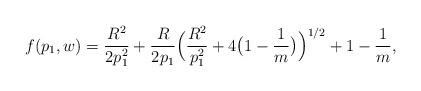
LaTeX: \begin{align*}f(p_1,w) = \frac{R^2}{2 p_1^2} + \frac{R}{2 p_1} \Big( \frac{R^2}{p_1^2} + 4 \big(1- \frac{1}{m} \big) \Big)^{1/2} + 1- \frac{1}{m},\end{align*}